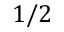
1 / 2